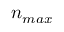
n _ { m a x }